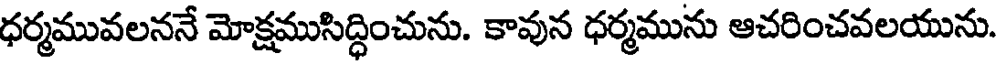
ధర్మమువలననే మోక్షముసిద్ధించును. కావున ధర్మమును ఆచరించవలయును.